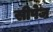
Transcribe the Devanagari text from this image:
सीपेज